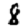
Digit: 8